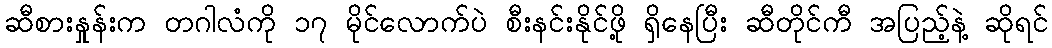
ဆီစားနှုန်းက တဂါလံကို ၁၇ မိုင်လောက်ပဲ စီးနင်းနိုင်ဖို့ ရှိနေပြီး ဆီတိုင်ကီ အပြည့်နဲ့ ဆိုရင်